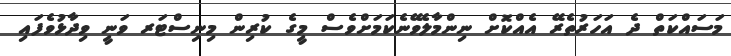
މަސައްކަތް ދެ އަހަރުތެރޭ އެއްކޮށް ނިންމާލެވޭނެކަމަށްވެސް މީގެ ކުރިން މިނިސްޓަރ ވަނީ ވިދާޅުވެފައި